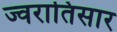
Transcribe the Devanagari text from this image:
ज्वरातिसार